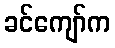
ခင်ကျော်က